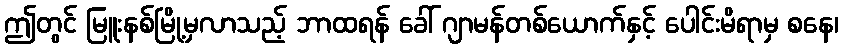
ဤတွင် မြူးနစ်မြို့မှလာသည့် ဘာထရန် ခေါ် ဂျာမန်တစ်ယောက်နှင့် ပေါင်းမိရာမှ စနေ၊